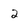
Character: 2